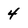
Character: 4